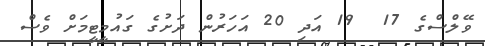
ވޭލްސްގެ 17  19 އަދި 20 އަހަރުން ދަށުގެ ގައުމީޓީމަށް ވެސް